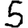
Digit: 5